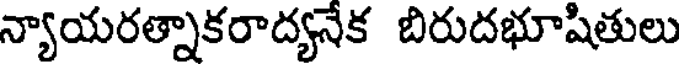
న్యాయరత్నాకరాద్యనేక బిరుదభూషితులు